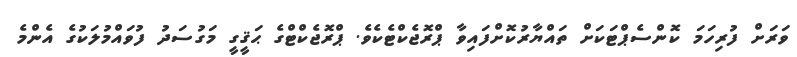
ވަރަށް ފުރިހަމަ ކޮންސެޕްޓަކަށް ތައްޔާރުކޮށްފައިވާ ޕްރޮޖެކްޓެކެވެ. ޕްރޮޖެކްޓްގެ ޙަޤީގީ މަގުސަދު ފުވައްމުލަކުގެ އެންމެ